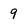
Character: 9